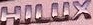
HILUX